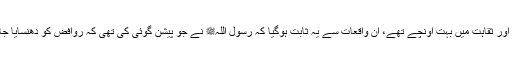
یہ واقعہ طبری نے ایسے لوگوں کی طرف منسوب کیا ہے جو سچائی دیانت داری اور ثقاہت میں بہت اونچے تھے، ان واقعات سے یہ ثابت ہوگیا کہ رسول اللہﷺ نے جو پیشن گوئی کی تھی کہ روافض کو دھنسایا جائےگا، ان کی صورتیں سور، بندر کی بنادی جائیں گی یہ بالکل صحیح ثابت ہوئی۔